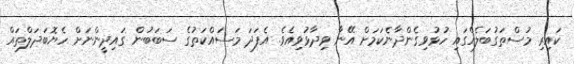
ކައިރި މުސްތަގުބަލެއްގައި ހުޅުވިގެންދާނެކަމަށް އޭނާ ވިދާޅުވިއެވެ. އެފަދަ މަސައްކަތުގެ ސަބަބުން ގައިދީންނަށް ހެޔޮބަދަލްތައް